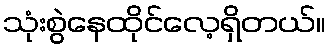
သုံးစွဲနေထိုင်လေ့ရှိတယ်။